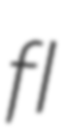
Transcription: fl